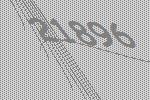
21896